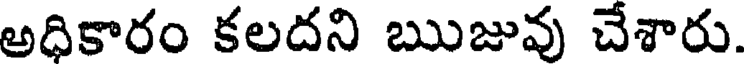
అధికారం కలదని ఋజువు చేశారు.